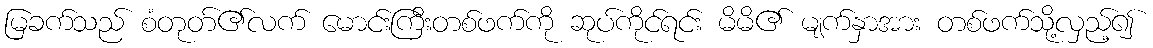
မြခက်သည် စံတုတ်၏လက် မောင်းကြီးတစ်ဖက်ကို ဆုပ်ကိုင်ရင်း မိမိ၏ မျက်နှာအား တစ်ဖက်သို့လှည့်၍